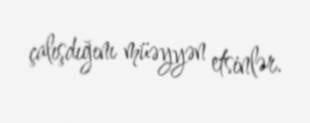
çalışdığını müəyyən etsinlər.